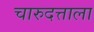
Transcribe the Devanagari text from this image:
चारुदत्ताला